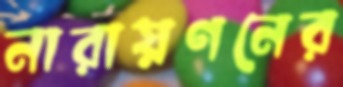
নারায়ণনের